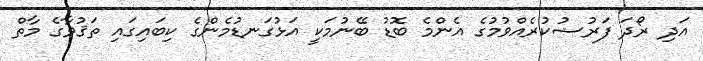
އަދި ރޯދަ ފަރުޟުކުރެއްވުމުގެ އެންމެ ބޮޑު ބޭނުމަކީ އަޅުގަނޑުމެންގެ ކިބައިގައި ތަޤުވާގެ މާތް